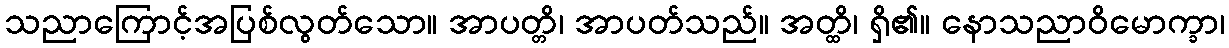
သညာကြောင့်အပြစ်လွတ်သော။ အာပတ္တိ၊ အာပတ်သည်။ အတ္ထိ၊ ရှိ၏။ နောသညာဝိမောက္ခာ၊